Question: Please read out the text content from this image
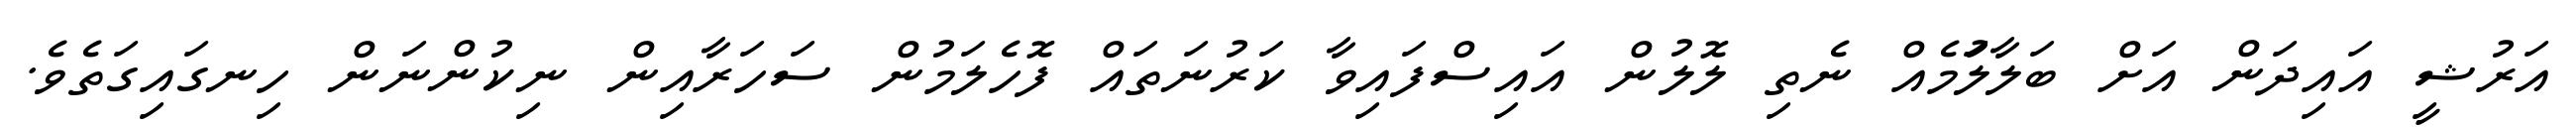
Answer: އަރުޝީ އައިދަން އަށް ބަލާލުަމެއް ނެތި ލޮލުން އައިސްފައިވާ ކަރުނަތައް ފޮހެލަމުން ސަހަރާއިން ނިކުންނަން ހިނގައިގަތެވެ.